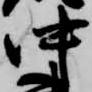
中